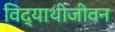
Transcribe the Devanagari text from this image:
विद्याथीजीवन